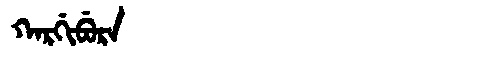
Manchu: ᡴᠠᡵᡤᡳᠪᡠᡵᠠ
Romanization: KARGIBURA